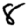
Digit: 8